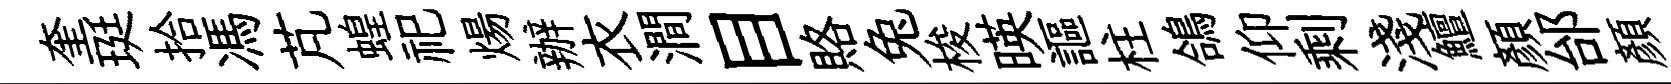
奎珽拾馮芃蝗祀煬辦衣澗目賂兔梭暎謳柱鴿仰剩淺鱣顏邰顔